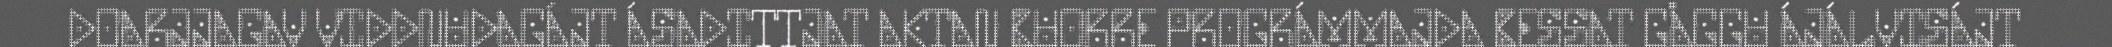
DOARJJAGAV VIDDNUDAGÁJT ÁSADITTJAT AKTAN BUORRE PROGRÁMMAJDA BESSAT GÅGGU ÁJÁLVISÁJT